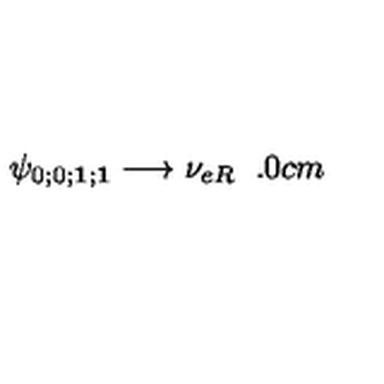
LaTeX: \psi _ { 0 ; 0 ; { \mathbf 1 } ; { \mathbf 1 } } \longrightarrow \nu _ { e R } \hspace { 6 . 0 c m }